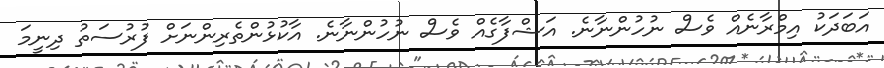
އަބަދަކު އިމްރާނެއް ވެސް ނުހުންނާނެ. އަޝްފާގެއް ވެސް ނުހުންނާނެ. އާކުޅުންތެރިންނަށް ފުރުސަތު ދިނީމަ